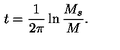
t = \frac { 1 } { 2 \pi } \ln \frac { M _ { s } } { M } .